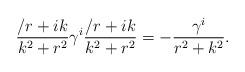
LaTeX: \begin{align*}{\slash{r} + ik \over k^2 +r^2}\gamma^i{\slash{r} + ik \over k^2 +r^2} = -{\gamma^i \over r^2 + k^2}.\end{align*}